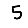
Digit: 5